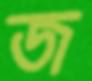
জ